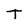
Character: T